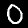
Digit: 0